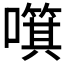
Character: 𱕍